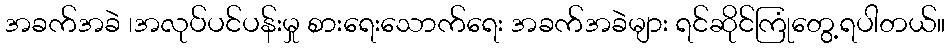
အခက်အခဲ ၊အလုပ်ပင်ပန်းမှု စားရေးသောက်ရေး အခက်အခဲများ ရင်ဆိုင်ကြုံတွေ့ရပါတယ်။